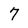
Character: 7